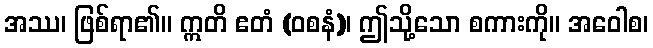
အဿ၊ ဖြစ်ရာ၏။ ဣတိ ဧတံ (ဝစနံ)၊ ဤသို့သော စကားကို။ အဝေါစ၊